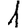
Digit: 1